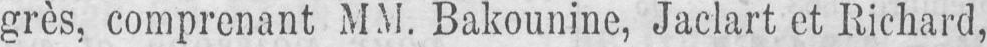
grès, comprenant MM. Bakounine, Jaclart et Richard,